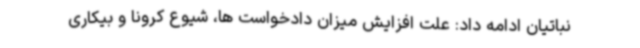
نباتیان ادامه داد: علت افزایش میزان دادخواست ها، شیوع کرونا و بیکاری